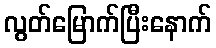
လွတ်မြောက်ပြီးနောက်